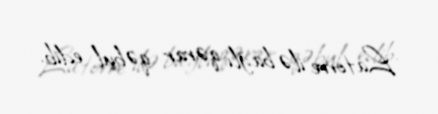
Latorre ilə bağlı qərar qəbul edib.